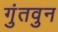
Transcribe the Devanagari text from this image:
गुंतवुन